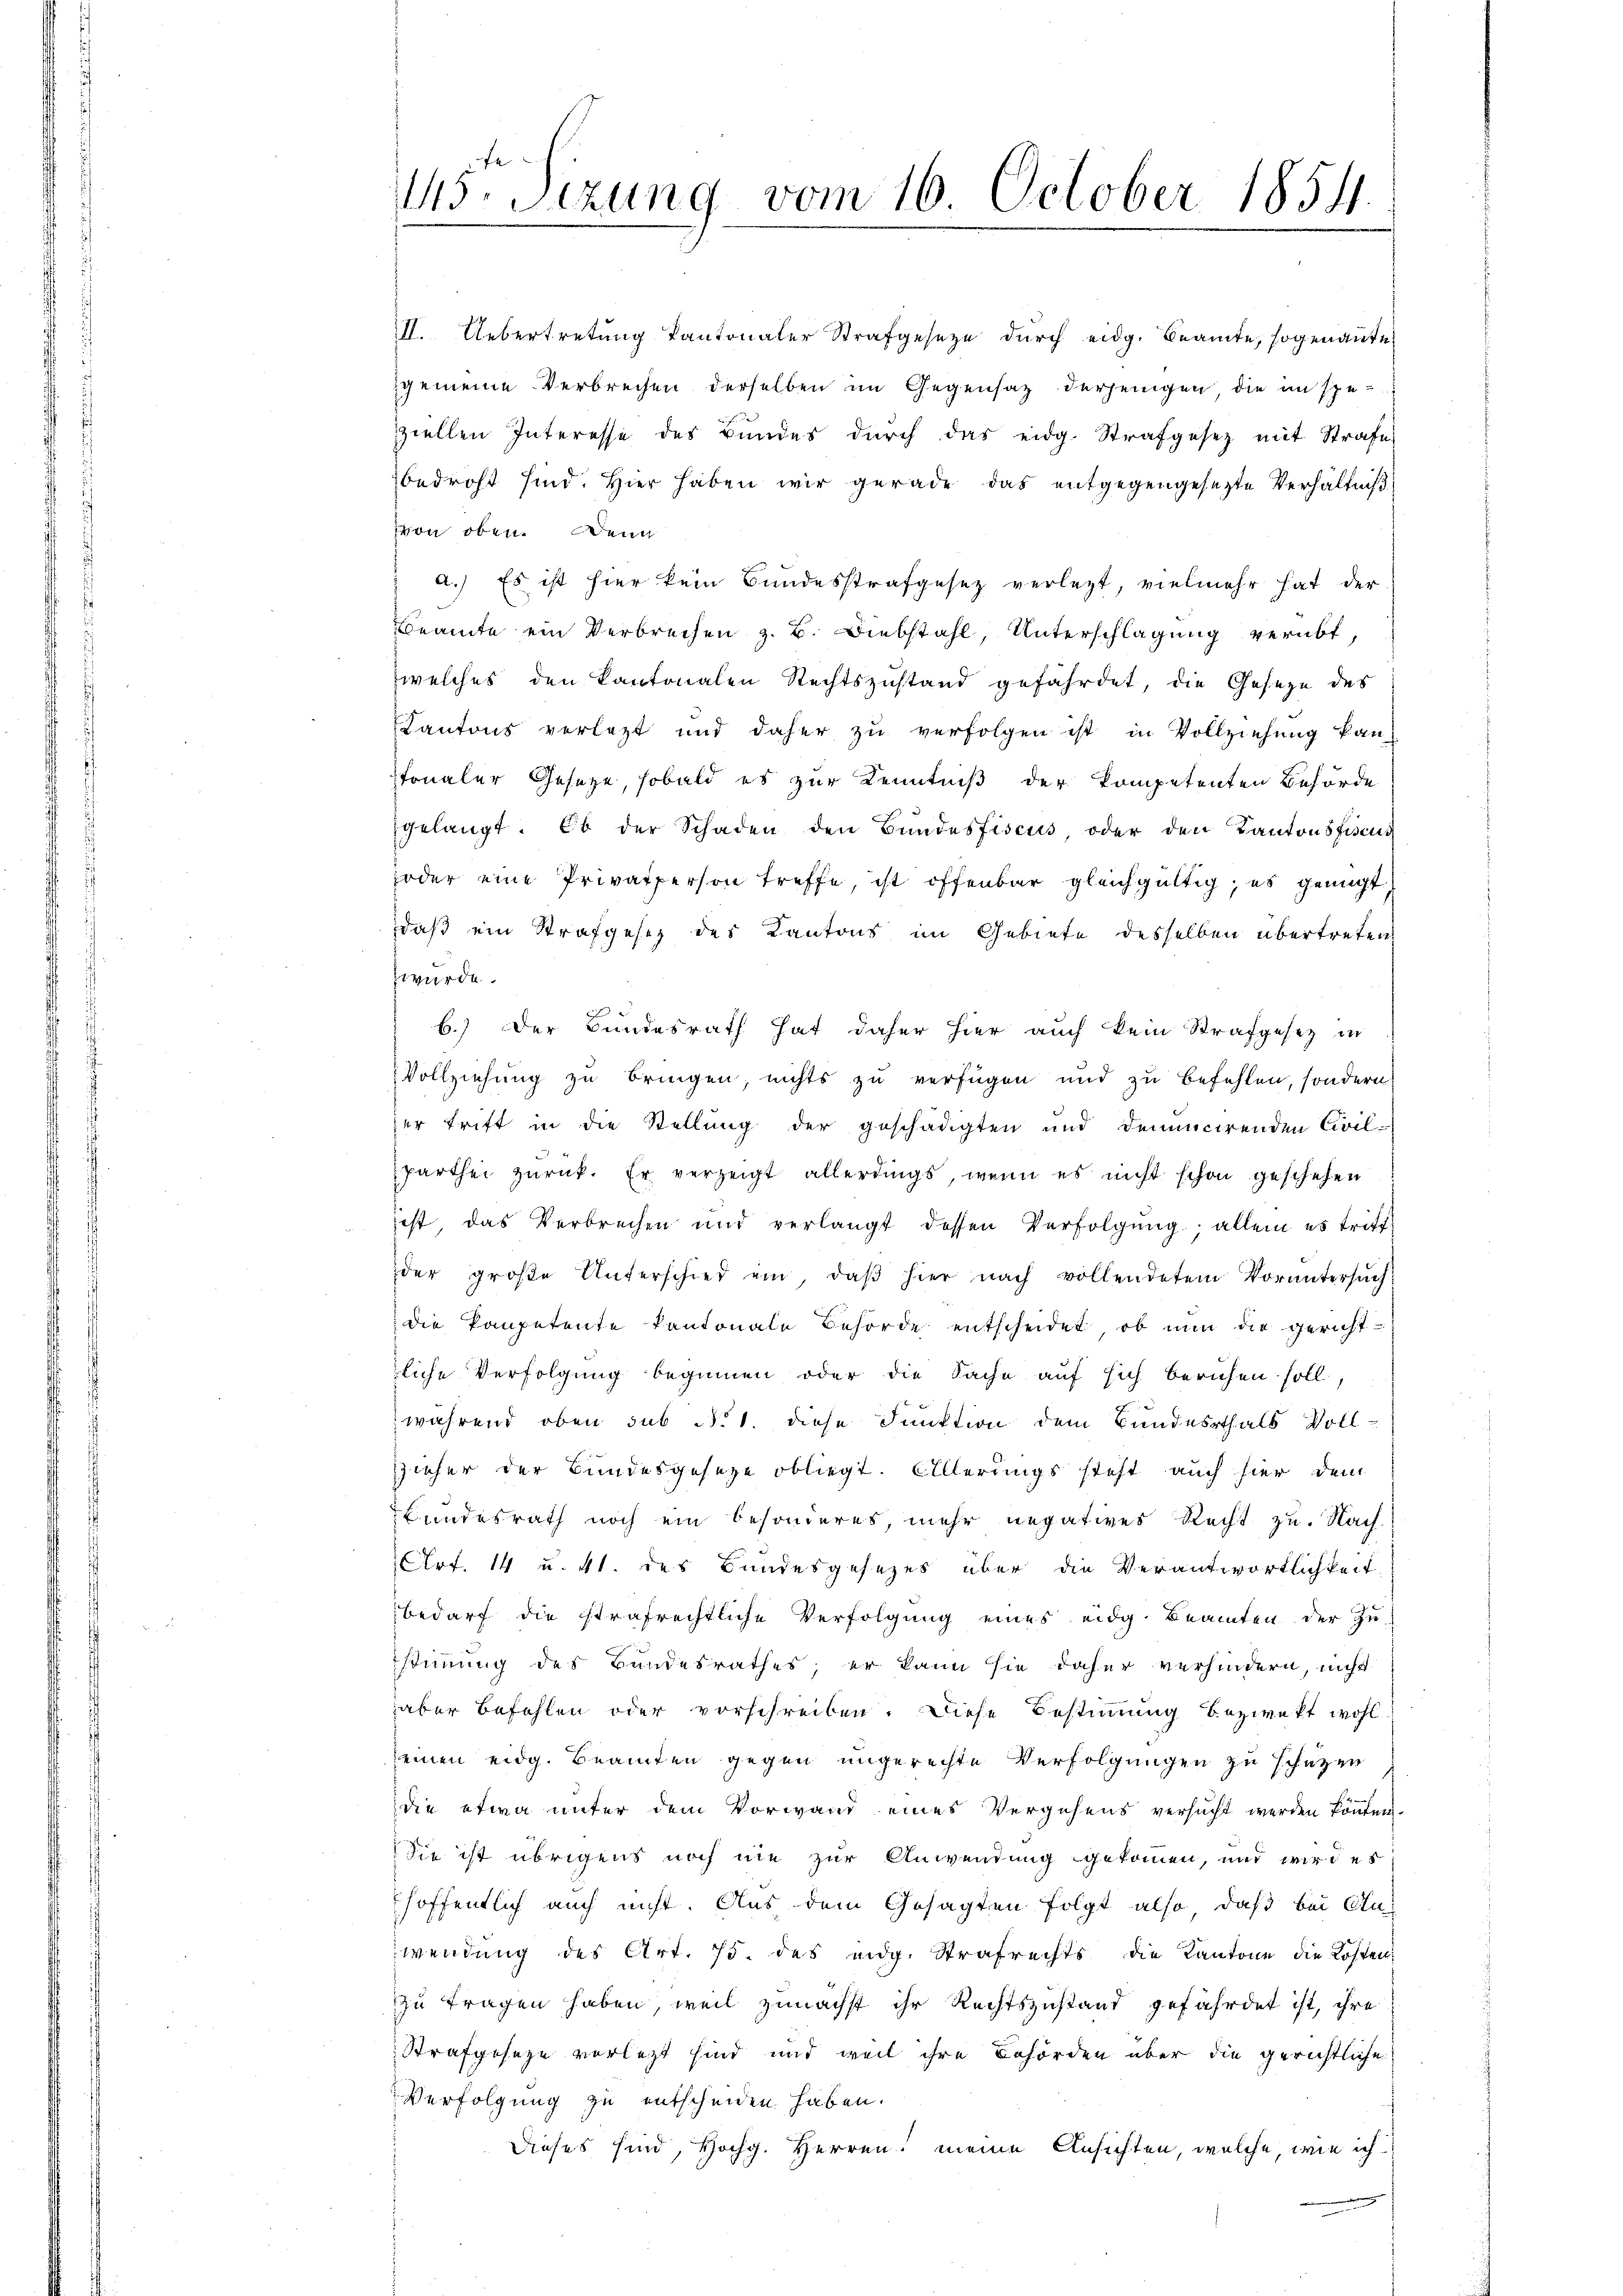
15. Sezung vom 16. October 1854.

II. Uebertretung kantonaler Strafgeseze durch eidg. Beamte, sogenannte
gemeine Verbrechen derselben im Gegensatz derjenigen die im spe-
ziellen Interesse des Bundes durch das eidg. Strafgesetz mit Strafe
bedroht sind. Hier haben wir gerade das entgegengesezte Verhältniß
von oben. Denn
a.) Es ist hier kein Bundesstrafgesetz verletzt, vielmehr hat der
Beamte ein Verbrechen z. B. Diebstahl, Unterschlagung verübt,
welches den kantonalen Rechtszustand gefährdet, die Gesetze des
Kantons verletzt und daher zu verfolgen ist in Vollziehung kan
fonaler Geseze, sobald es zur Kenntniß der kompetenten Behörde
gelangt. Ob der Schaden den Bundesfiscus, oder den Kantonsfiscus
joder eine Privatperson treffe, ist offenbar gleichgültig, es genügt,
daß ein Strafgesetz des Kantons im Gebiete desselben übertreten
wurde.
b.) Der Bundesrath hat daher hier auch kein Strafgesetz in
Vollziehung zu bringen, nichts zu verfügen und zu befehlen, sondern
er trift in die Stellung der geschädigten und demunicirenden Civil-
parthei zŭrück. Er verzeigt allerdings, wenn es nicht schon geschehen
fest das Verbrechen und verlangt dessen Verfolgung; allein es triff
der groβe Unterschied ein, daβ hier nach vollendetem Vorŭntersŭch
die Pompetente Kantonale Behörde entscheidet, ob nun die gericht-
zliche Verfolgung beginnen oder die Sache auf sich beruhen soll,
während oben sub No. 1. diese Funktion dem Bundesrthals Vollzieher der Bundesgesetze obliegt. Allerdings steht auch hier dem
Bundesrath noch ein besonderes, mehr negatives Recht zu. Nach
Art. 14 u. 41. des Bundesgesezes über die Verantwortlichkeit,
bedarf die strafrechtliche Verfolgung eines eidg. Beamten der Zu-
stimmung des Bundesrathes; er kann sie daher verhindern, nicht
aber befohlen oder vorschreiben. Diese Bestimmung bezweckt wohl
einen eidg. Beamten gegen ungerechte Verfolgungen zu schützen
die etwa unter dem Vorwand eines Vergehens versucht werden könten.
Sie ist übrigens noch nie zur Anwendung gekommen, und wird es
höffentlich auch nicht. Aus dem Gesagten folgt also, daß bei Aus
wendung des Art. 75. des eidg. Strafrechts die Kantone die Kosten
zu tragen haben, weil zunächst ihr Rechtszustand gefährdet ist, ihre
Strafgeseze verletzt sind und weil ihre Behörden über die gerichtliche
Verfolgung zu entscheiden haben.
Dieses sind, Hochg. Herren meine Ansichten, welche, wie ich